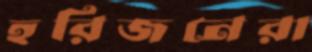
হরিজনেরা